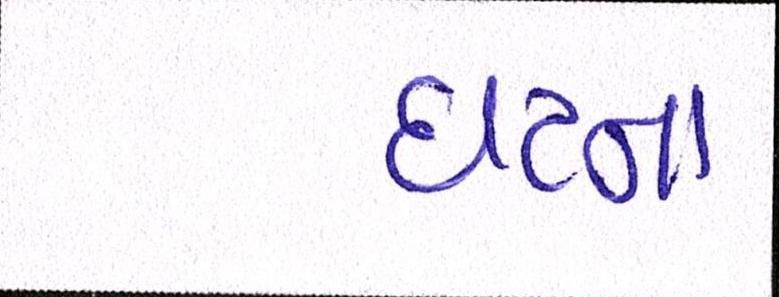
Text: ઘટના